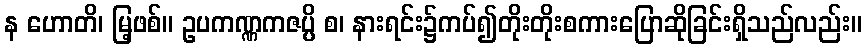
န ဟောတိ၊ မြ့ဖစ်။ ဥပကဏ္ဏကဇပ္ပိ စ၊ နားရင်း၌ကပ်၍တိုးတိုးစကားပြောဆိုခြင်းရှိသည်လည်း။